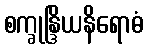
စက္ခုန္ဒြိယနိရောဓံ